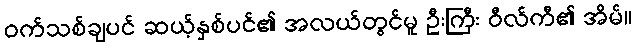
ဝက်သစ်ချပင် ဆယ့်နှစ်ပင်၏ အလယ်တွင်မူ ဦးကြီး ဝီလ်ကီ၏ အိမ်။